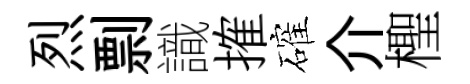
烈剽識搉確介檉